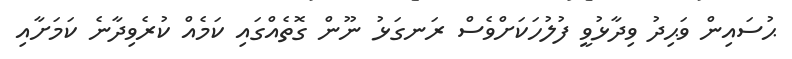
ޙުސައިން ވަޙިދު ވިދާޅުވީ ފުލުހަކަށްވެސް ރަނގަޅު ނޫން ގޮތެއްގައި ކަމެއް ކުރެވިދާނެ ކަމަށާއި